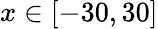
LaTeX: x\in[-30,30]